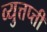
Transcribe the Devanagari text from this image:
व्युत्तप्त्ती